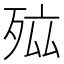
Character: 𭮐